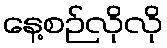
နေ့စဉ်လိုလို